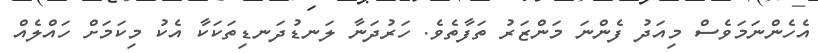
އެހެންނަމަވެސް މިއަދު ފެންނަ މަންޒަރު ތަފާތެވެ. ހަރުދަނާ ލަނޑުދަނޑިތަކަކާ އެކު މިކަމަށް ހައްލެއް